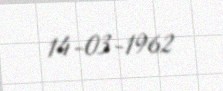
14-03-1962